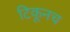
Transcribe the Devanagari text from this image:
टिकूनच